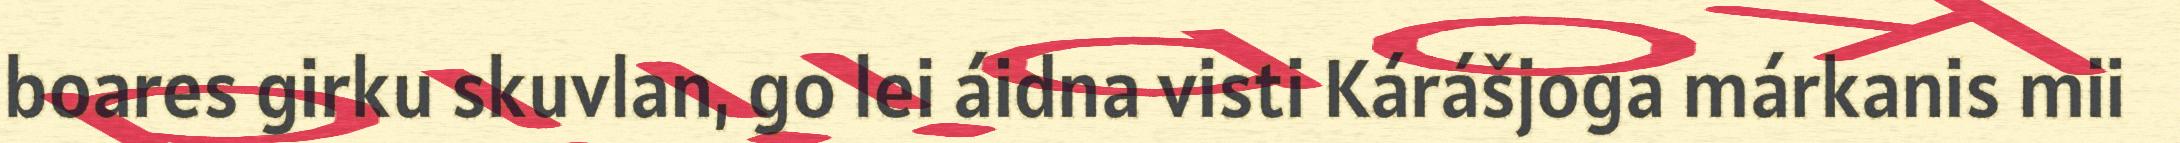
boares girku skuvlan, go lei áidna visti Kárášjoga márkanis mii